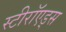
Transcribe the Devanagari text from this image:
स्टीरॉएड्स